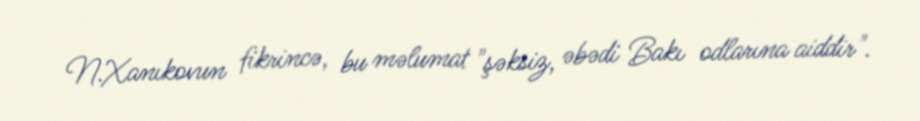
N.Xanıkovun fikrincə, bu məlumat "şəksiz, əbədi Bakı odlarına aiddir".